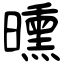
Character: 曛